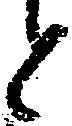
と